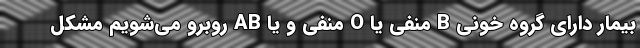
بیمار دارای گروه خونی B منفی یا O منفی و یا AB روبرو می‌شویم مشکل